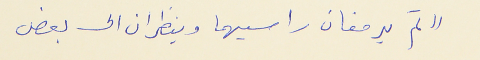
(( ثم يرفعان راسيهما وينظران الى بعض